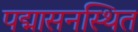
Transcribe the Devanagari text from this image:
पद्मासनस्थित